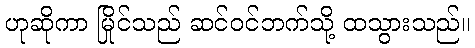
ဟုဆိုကာ မြိုင်သည် ဆင်ဝင်ဘက်သို့ ထသွားသည်။